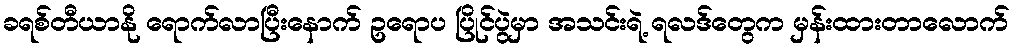
ခရစ်တီယာနို ရောက်လာပြီးနောက် ဥရောပ ပြိုင်ပွဲမှာ အသင်းရဲ့ ရလဒ်တွေက မှန်းထားတာလောက်